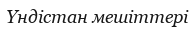
Үндістан мешіттері